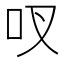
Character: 𫩗